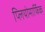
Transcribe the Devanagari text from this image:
प्लियोमार्फिक